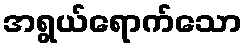
အရွယ်ရောက်သော